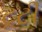
ટૂટી